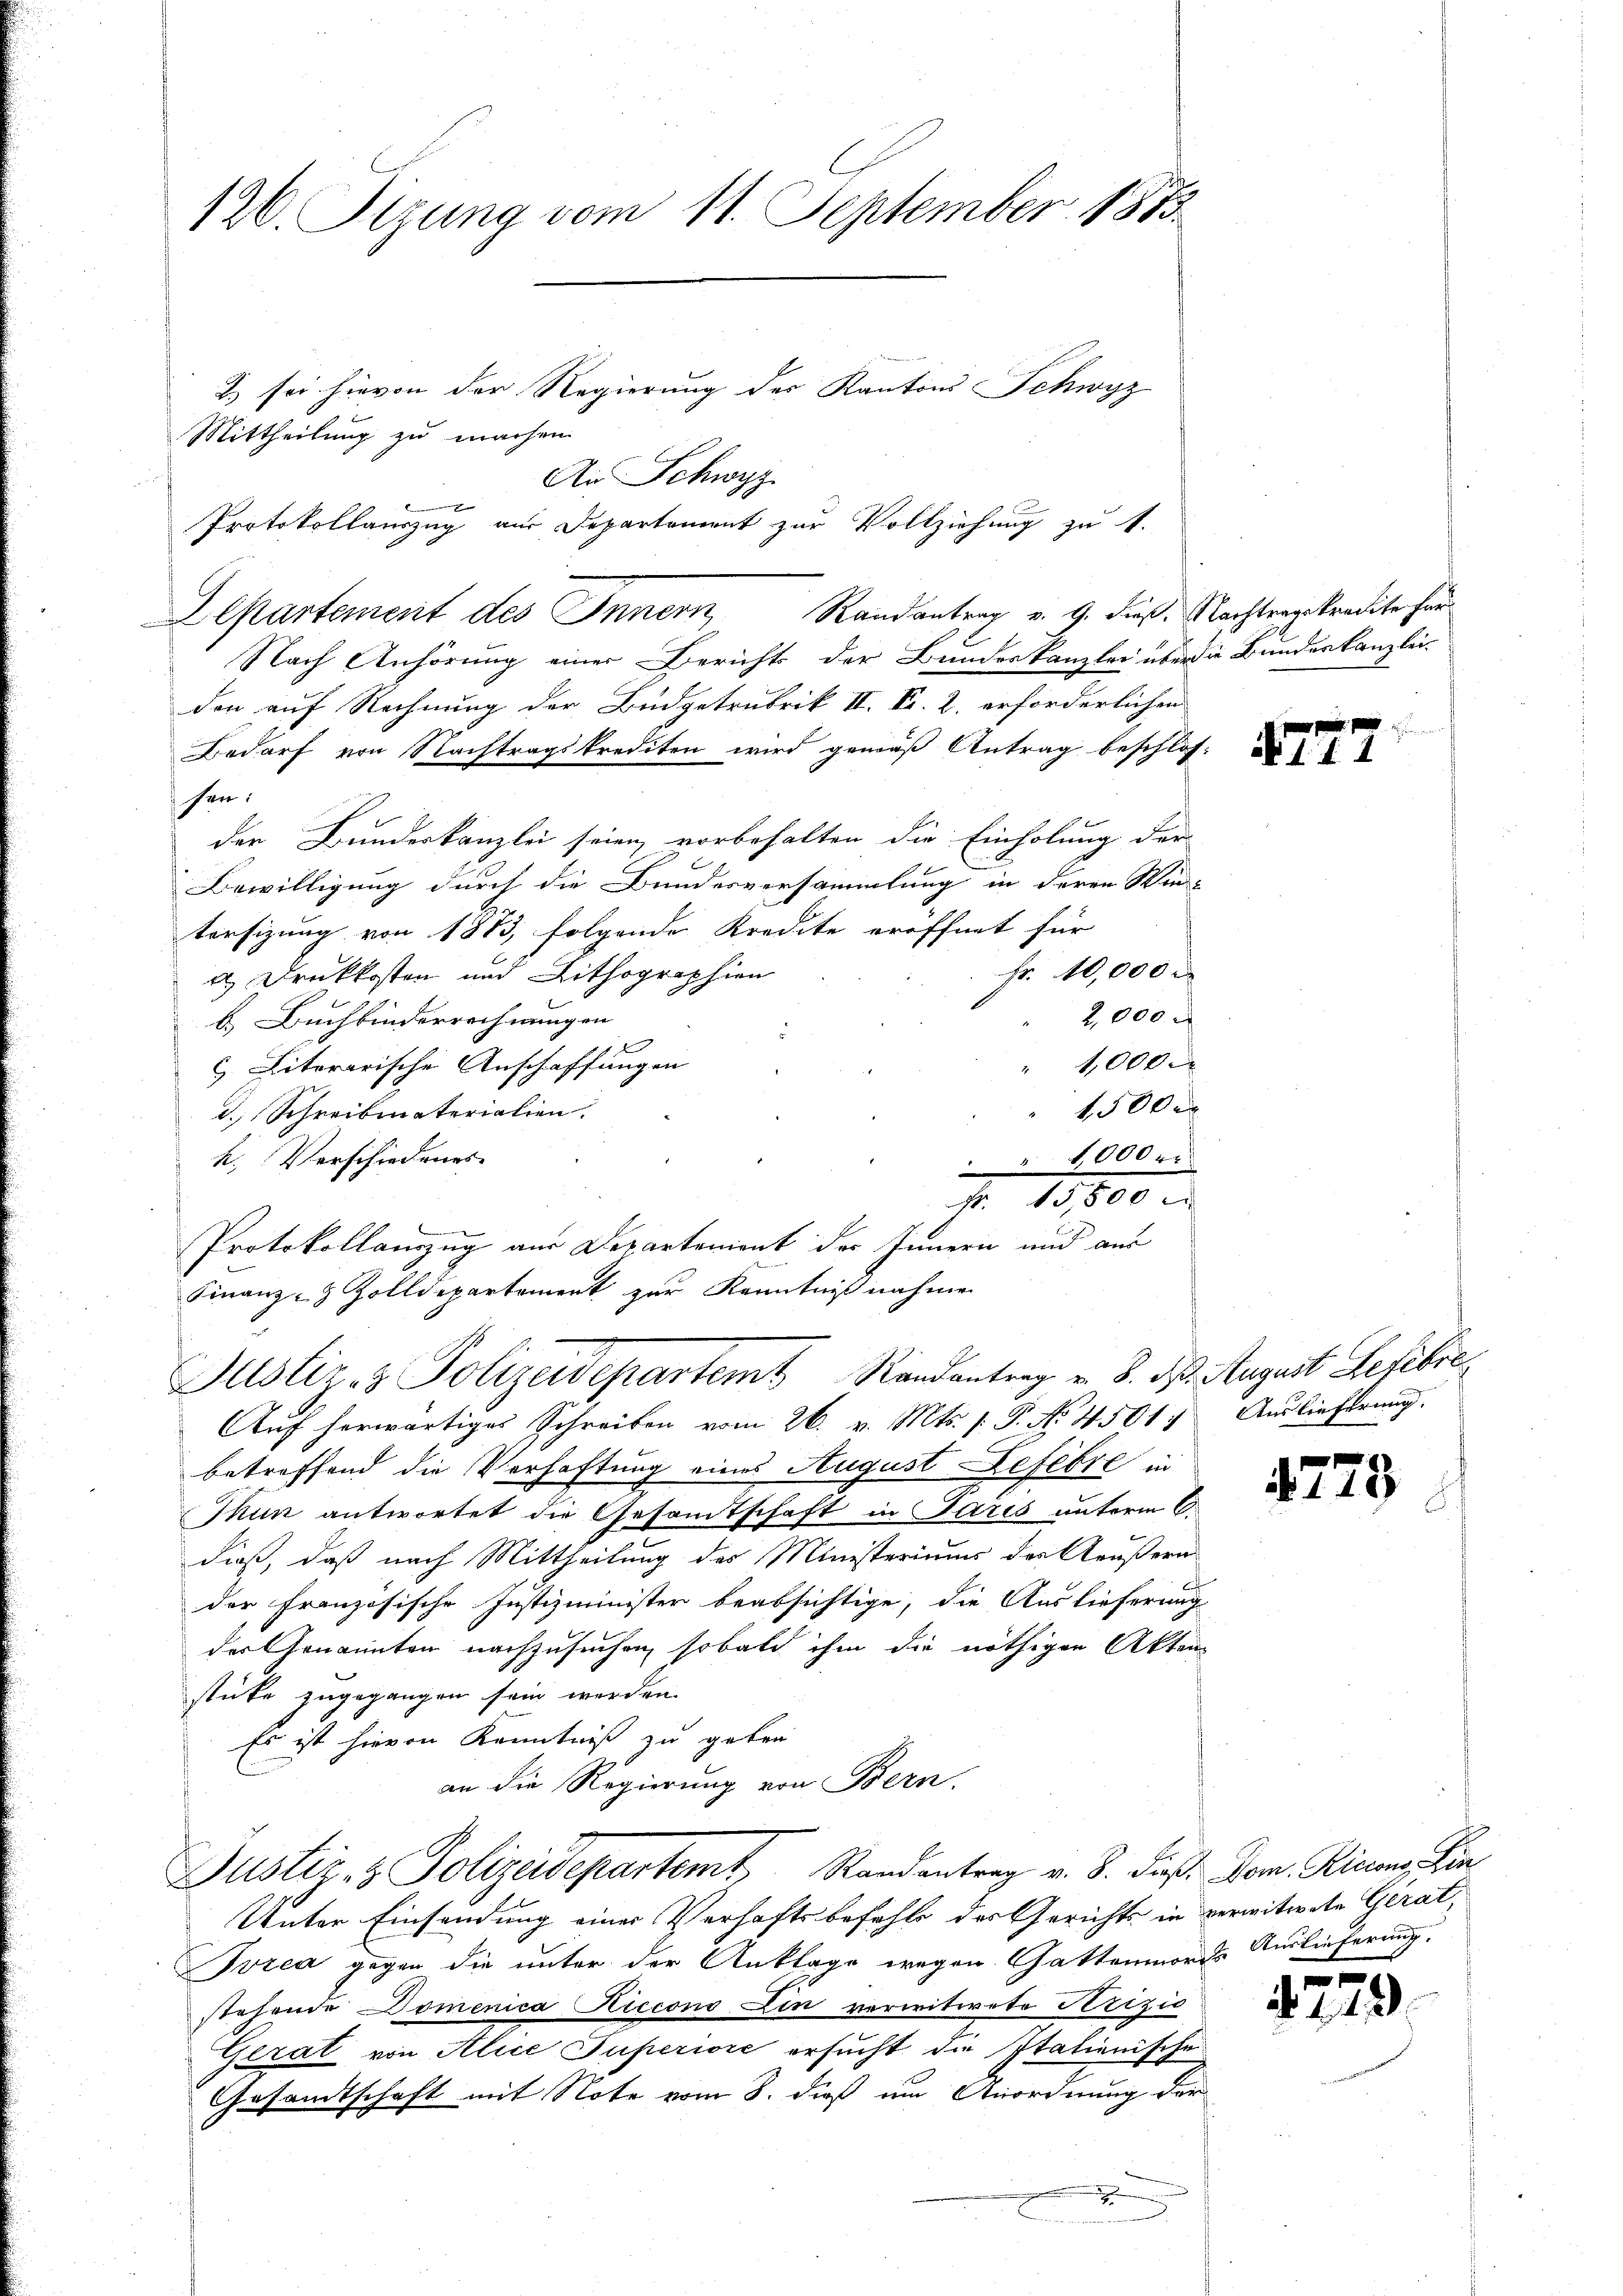
Nach Anhörung einer Berichts der Bundeskanzlei überda Bundeskanzlei-
don auf Rechnung der Büdgetrubrik II. Fr. 2. erforderlichen
Bedarf von Nachtragskrediten wird gemäß Antrag beschlos-
hen:
der Bundeskanzlei seien, vorbehalten die Einholung der
Bewilligung durch die Bundesversammlung in deren Win-
tersizung von 1873, folgende Kredite eröffnet für
Fr. 10,000
 Druckkosten und Lithographien
2,000
b. Buchbinderrechnungen |
l
1,000 x
c) Literarische Anschaffungen
1500 x
d. Schreibmaterialien.
k. Verschiedenes
 4000 r
fr. 15,500 F
Protokollanzug aus Departement der Innern und aus
Finanz- Zolldepartement zur Kenntnißnahmen
Justiz- & Polizeidepartem Randantrag v. 8. d. August Lefebre
Auf herwärtiges Schreiben vom 26. v. Mts. s P. No. 4501. Auslieferung.
betreffend die Verhaftung eines August Lefevre in
Thun antwortet die Gesamtschaft in Paris unterm 6.
dieß, daß nach Mittheilung des Ministeriums der Aeußern
der französische Justizminister beabsichtige, die Auslieferung
der Genannten nachzusuchen, sobald ihm die nöthigen Akten
stücke zugegangen sein werden.
Es ist hievon Kenntniß zu geben
an die Regierung von Bern.
Justiz- & Polizeidepartemt Randentrag v. 8. dieß. Dom. Ricon Lin
Unter Einsendung einer Verhaftsbefehls der Gerichts in verwitwete Gerat,
Tvzea gegen die unter der Anklage wegen Gattenmords Auslieferung.
stehende Domenica Kiccono Ein verwitwete Arizić
Gerat von Alice Superivić ersucht die Italienische
Gesandtschaft mit Note vom 8. dieß um Anordnung der
.

126. Sizung vom 11. September 1873
2) sei hievon der Regierung der Kantons Schwyz
Mittheilung zu machen.
An Schwyz.
x
Protokollauszug aus Departement zur Vollziehung zu 4.

Departement des Innern Randantrag v. 9. dieß. Nachtragskredite für

N. 11. 1

4773.

4779